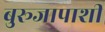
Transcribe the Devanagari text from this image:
बुरूजापाशी